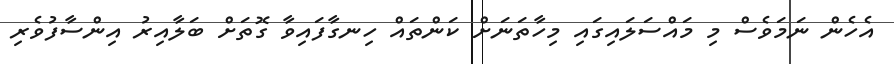
އެހެން ނަމަވެސް މި މައްސަލައިގައި މިހާތަނަށް ކަންތައް ހިނގާފައިވާ ގޮތަށް ބަލާއިރު އިންސާފުވެރި